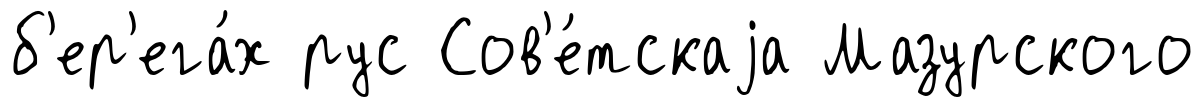
б'ер'ега́х рус Сов'е́тскаjа Мазурского